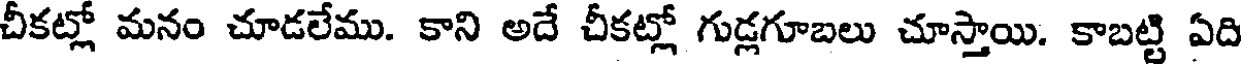
చీకట్లో మనం చూడలేము. కాని అదే చీకట్లో గుడ్లగూబలు చూస్తాయి. కాబట్టి ఏది